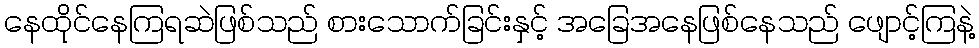
နေထိုင်နေကြရဆဲဖြစ်သည် စားသောက်ခြင်းနှင့် အခြေအနေဖြစ်နေသည် ဖျောင့်ကြနဲ့